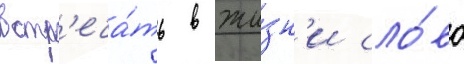
встр'еча́ть в жи́зн'и сло́во